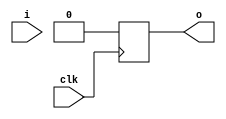

//--------------------------------------------------------------------------------------------


module debounce(clk, i, o);
   input     clk;
   input     i;
   output    o;
   reg       o;
   
   reg [4:0] c;
   
   always @(posedge clk)
      
      begin
         if (i == 1'b1)
         begin
            if (c == 24'hFFFFFF)
               o <= 1'b1;
            else
               o <= 1'b0;
            c <= c + 1;
         end
         else
         begin
            c <= {24{1'b0}};
            o <= 1'b0;
         end
      end
   
endmodule